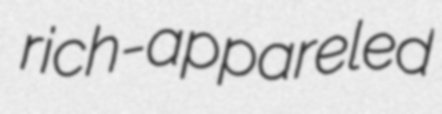
rich-appareled